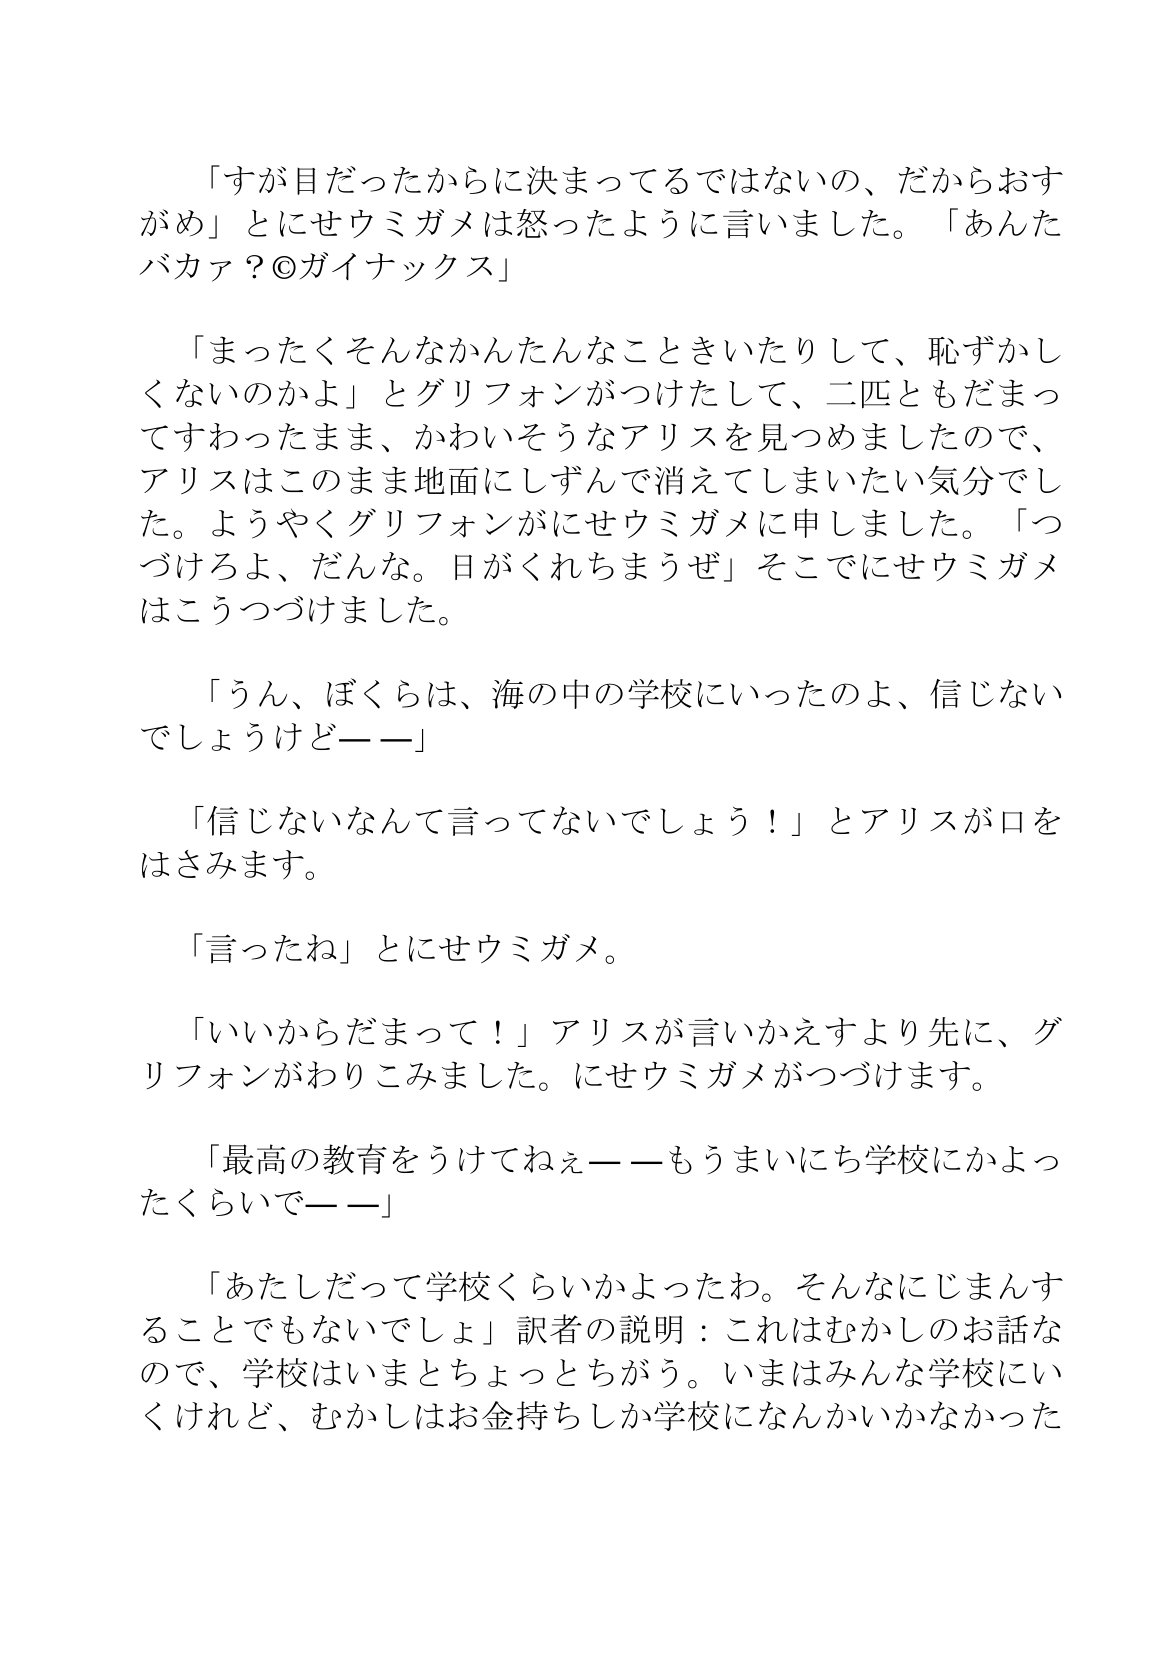
Language: ja